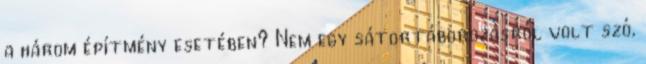
a három építmény esetében? Nem egy sátortáborozásról volt szó,